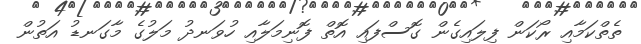
ތެތްކަމާއި ރޯކަން ފިލައިގެން ގޮސްފައި އޮތް ފޮނިމަލާއި ހުވަނދު މަލުގެ މާގަނޑު އަތުން